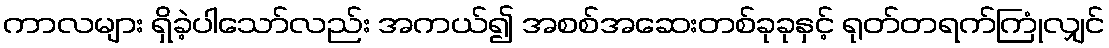
ကာလများ ရှိခဲ့ပါသော်လည်း အကယ်၍ အစစ်အဆေးတစ်ခုခုနှင့် ရုတ်တရက်ကြုံလျှင်